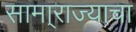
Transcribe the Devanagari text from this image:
सामा्राज्याचा